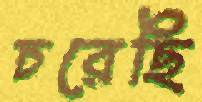
চরেছি